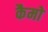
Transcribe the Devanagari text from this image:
कैमो